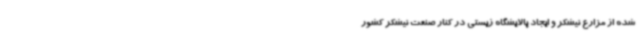
شده از مزارع نیشکر و ایجاد پالایشگاه زیستی در کنار صنعت نیشکر کشور